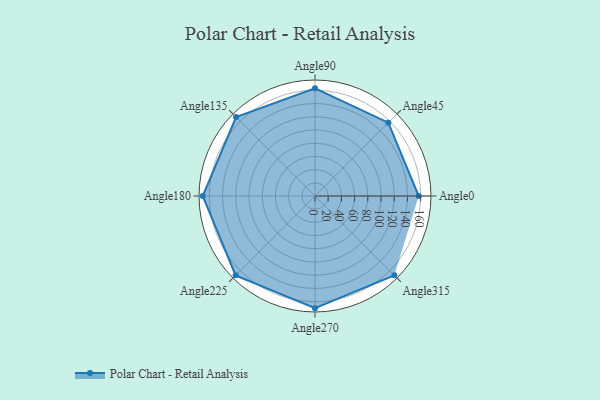
{"axis": {"x": "Angle", "y": "Radius"}, "legend": [""], "data": [{"x": "Angle0", "y": 157.0, "type": ""}, {"x": "Angle45", "y": 157.0, "type": ""}, {"x": "Angle90", "y": 163.0, "type": ""}, {"x": "Angle135", "y": 169.0, "type": ""}, {"x": "Angle180", "y": 170, "type": ""}, {"x": "Angle225", "y": 170, "type": ""}, {"x": "Angle270", "y": 170, "type": ""}, {"x": "Angle315", "y": 170, "type": ""}]}